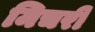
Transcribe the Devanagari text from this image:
मिचरी